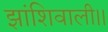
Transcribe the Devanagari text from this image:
झांशिवाली।।